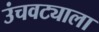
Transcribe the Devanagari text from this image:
उंचवट्याला